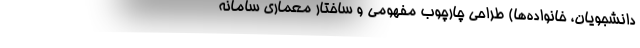
دانشجویان، خانواده‌ها) طراحی چارچوب مفهومی و ساختار معماری سامانه